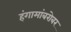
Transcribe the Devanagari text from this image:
हंगामांबरोबर